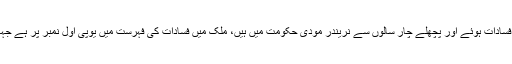
پچھلے تین سالوں میں سب سے زیادہ فرقہ وارانہ فسادات ہوئے اور پچھلے چار سالوں سے نریندر مودی حکومت میں ہیں، ملک میں فسادات کی فہرست میں یوپی اول نمبر پر ہے جہاں سے یوگی آدتیہ ناتھ بھاجپا کے وزیر اعلیٰ ہیں۔